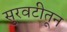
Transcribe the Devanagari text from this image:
सुरवटीतून